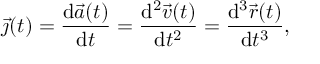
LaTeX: { \vec { \jmath } } ( t ) = { \frac { \mathrm { d } { \vec { a } } ( t ) } { \mathrm { d } t } } = { \frac { \mathrm { d } ^ { 2 } { \vec { v } } ( t ) } { \mathrm { d } t ^ { 2 } } } = { \frac { \mathrm { d } ^ { 3 } { \vec { r } } ( t ) } { \mathrm { d } t ^ { 3 } } } ,